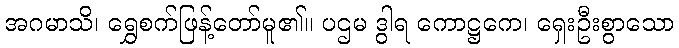
အဂမာသိ၊ ရွှေစက်ဖြန့်တော်မူ၏။ ပဌမ ဒွါရ ကောဋ္ဌကေ၊ ရှေးဦးစွာသော